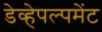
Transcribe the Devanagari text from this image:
डेव्हेपल्पमेंट